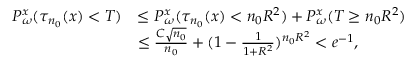
\begin{array} { r l } { P _ { \omega } ^ { x } ( \tau _ { n _ { 0 } } ( x ) < T ) } & { \le P _ { \omega } ^ { x } ( \tau _ { n _ { 0 } } ( x ) < n _ { 0 } R ^ { 2 } ) + P _ { \omega } ^ { x } ( T \ge n _ { 0 } R ^ { 2 } ) } \\ & { \le \frac { C \sqrt { n _ { 0 } } } { n _ { 0 } } + ( 1 - \frac 1 { 1 + R ^ { 2 } } ) ^ { n _ { 0 } R ^ { 2 } } < e ^ { - 1 } , } \end{array}